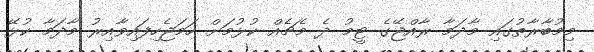
މިމުބާރާތުގައި މާދަމާ ރާއްޖޭގެ ޓީމު ދެ މެޗެއް ކުޅުމަށް ހަމަޖެހިފައިވާއިރު މާދަމާ ކުޅޭ